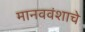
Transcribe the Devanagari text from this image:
मानववंशाचे